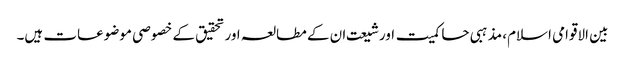
بین الاقوامی اسلام، مذہبی حاکمیت اورشیعت ان کے مطالعہ اورتحقیق کے خصوصی موضوعات ہیں۔